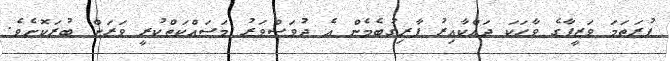
ފުރަތަމަ ވަޒީފާގެ ވާހަކަ ދައްކާއިރު ފާރިގުބެމެން އެ ދުވަސްވަރު މަސައްކަތްކުރީ ވަަރަށް ބުރަކޮށެވެ.